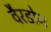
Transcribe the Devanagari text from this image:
वैरडोन